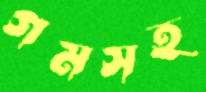
গমসহ